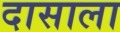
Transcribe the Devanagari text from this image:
दासाला